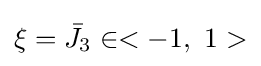
\xi ={{\bar {J}}_{3}}\in <-1,\ 1>